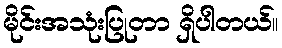
မိုင်းအသုံးပြုတာ ရှိပါတယ်။